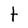
Character: t